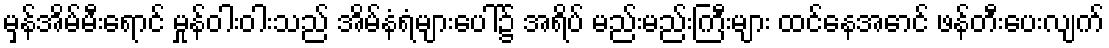
မှန်အိမ်မီးရောင် မှုန်ဝါးဝါးသည် အိမ်နံရံများပေါ်၌ အရိပ် မည်းမည်းကြီးများ ထင်နေအောင် ဖန်တီးပေးလျက်